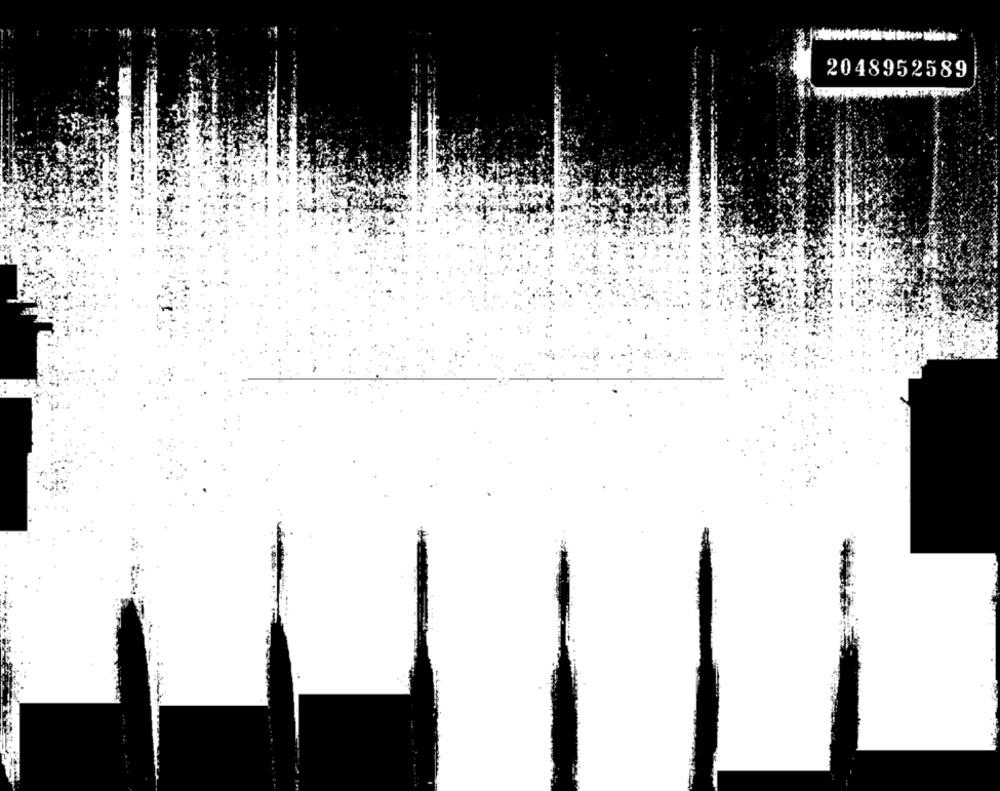
2048952589
IL